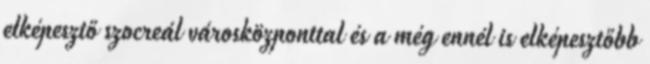
elképesztő szocreál városközponttal és a még ennél is elképesztőbb